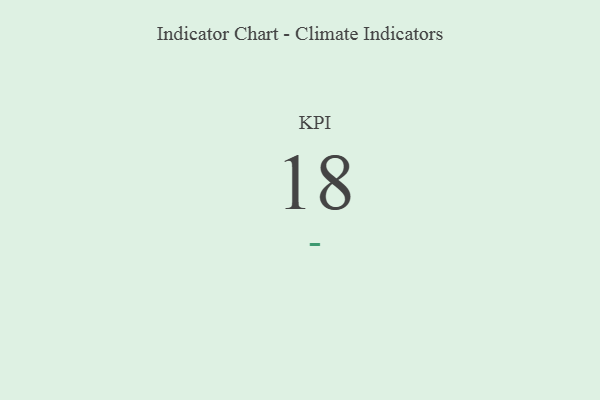
{"axis": {"x": "KPI", "y": "Value"}, "legend": [""], "data": [{"x": "KPI", "y": 18, "type": ""}]}